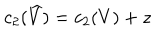
LaTeX: c _ { 2 } ( \widehat { V } ) = c _ { 2 } ( V ) + z